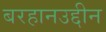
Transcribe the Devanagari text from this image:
बरहानउद्दीन